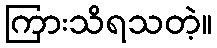
ကြားသိရသတဲ့။